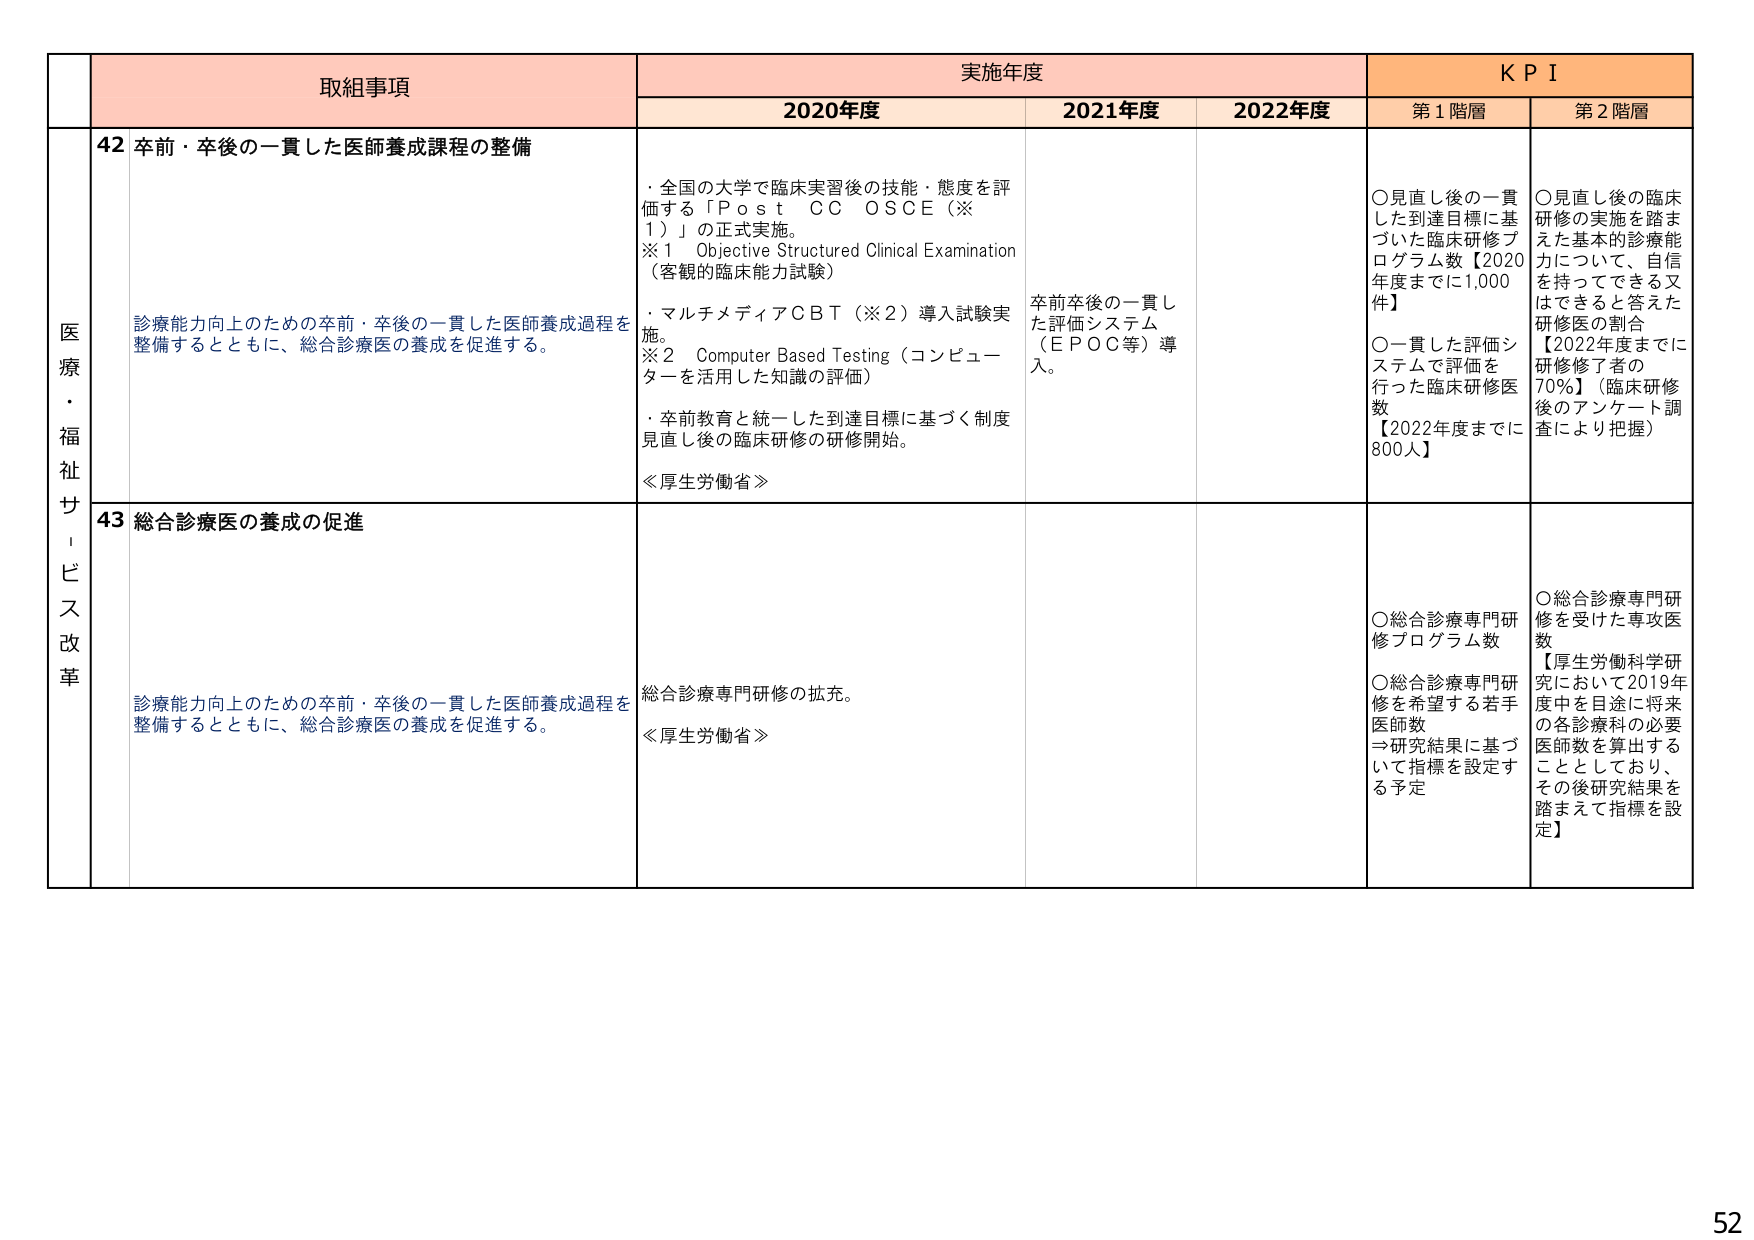
医療・福祉サービス改革

取組事項
実施年度
KPI

2020年度
2021年度
2022年度
第1階層
第2階層

42 卒前・卒後の一貫した医師養成課程の整備
診療能力向上のための卒前・卒後の一貫した医師養成過程を整備するとともに、総合診療医の養成を促進する。

・全国の大学で臨床実習後の技能・態度を評価する「Post CC OSCE（※1）」の正式実施。
※1 Objective Structured Clinical Examination（客観的臨床能力試験）
・マルチメディアCBT（※2）導入試験実施。
※2 Computer Based Testing（コンピューターを活用した知識の評価）
・卒前教育と統一した到達目標に基づく制度見直し後の臨床研修の研修開始。
≪厚生労働省≫

卒前卒後の一貫した評価システム（EPOC等）導入。

○見直し後の一貫した到達目標に基づいた臨床研修プログラム数【2020年度までに1,000件】
○一貫した評価システムで評価を行った臨床研修医数【2022年度までに800人】

○見直し後の臨床研修の実施を踏まえた基本的診療能力について、自信を持ってできる又はできると答えた研修医の割合【2022年度までに研修修了者の70%】（臨床研修後のアンケート調査により把握）

43 総合診療医の養成の促進
診療能力向上のための卒前・卒後の一貫した医師養成過程を整備するとともに、総合診療医の養成を促進する。

総合診療専門研修の拡充。
≪厚生労働省≫

○総合診療専門研修プログラム数
○総合診療専門研修を希望する若手医師数
⇒研究結果に基づいて指標を設定する予定

○総合診療専門研修を受けた専攻医数
【厚生労働科学研究において2019年度中を目途に将来の各診療科の必要医師数を算出することとしており、その後研究結果を踏まえて指標を設定】

52